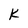
Character: K